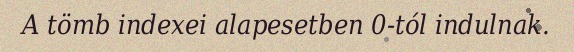
A tömb indexei alapesetben 0-tól indulnak.